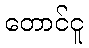
တောင်ငူ